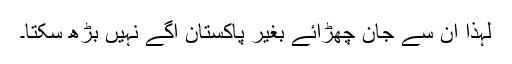
لہٰذا ان سے جان چھڑائے بغیر پاکستان آگے نہیں بڑھ سکتا۔